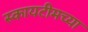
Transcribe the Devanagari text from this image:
स्कायटीमच्या